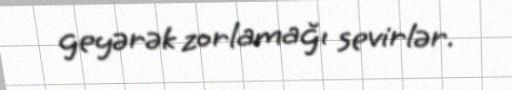
geyərək zorlamağı sevirlər.